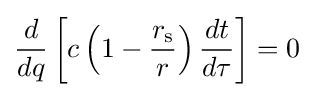
{\frac {d}{dq}}\left[c\left(1-{\frac {r_{\text{s}}}{r}}\right){\frac {dt}{d\tau }}\right]=0